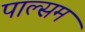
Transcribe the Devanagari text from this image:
पाल्सम